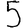
Digit: 5